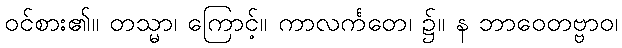
ဝင်စား၏။ တသ္မာ၊ ကြောင့်။ ကာလင်္ကတေ၊ ၌။ န ဘာဝေတဗ္ဗာဝ၊